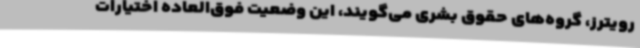
رویترز، گروه‌های حقوق بشری می‌گویند، این وضعیت فوق‌العاده اختیارات